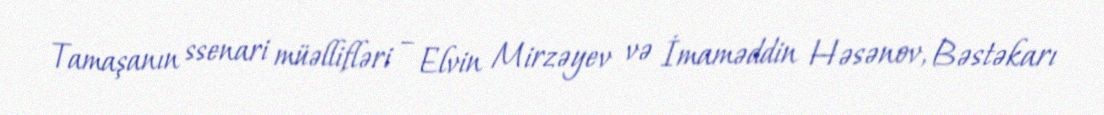
Tamaşanın ssenari müəllifləri – Elvin Mirzəyev və İmaməddin Həsənov, Bəstəkarı